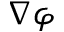
\nabla \varphi